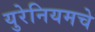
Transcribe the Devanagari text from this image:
युरेनियमचे